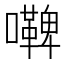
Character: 𭌢